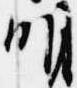
明